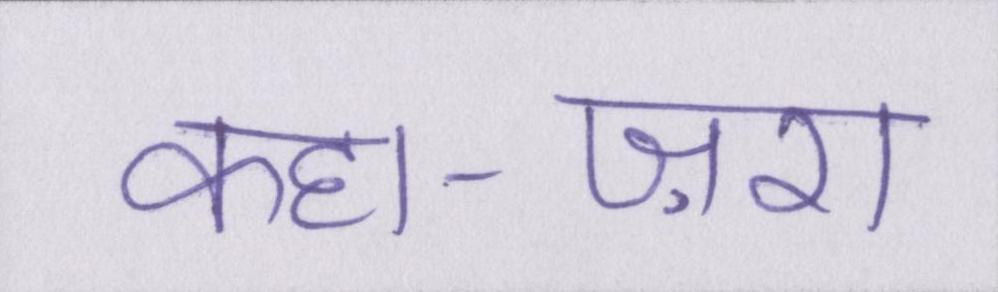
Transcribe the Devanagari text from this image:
कहा-ज़रा